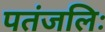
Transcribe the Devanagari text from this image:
पतंजलिः